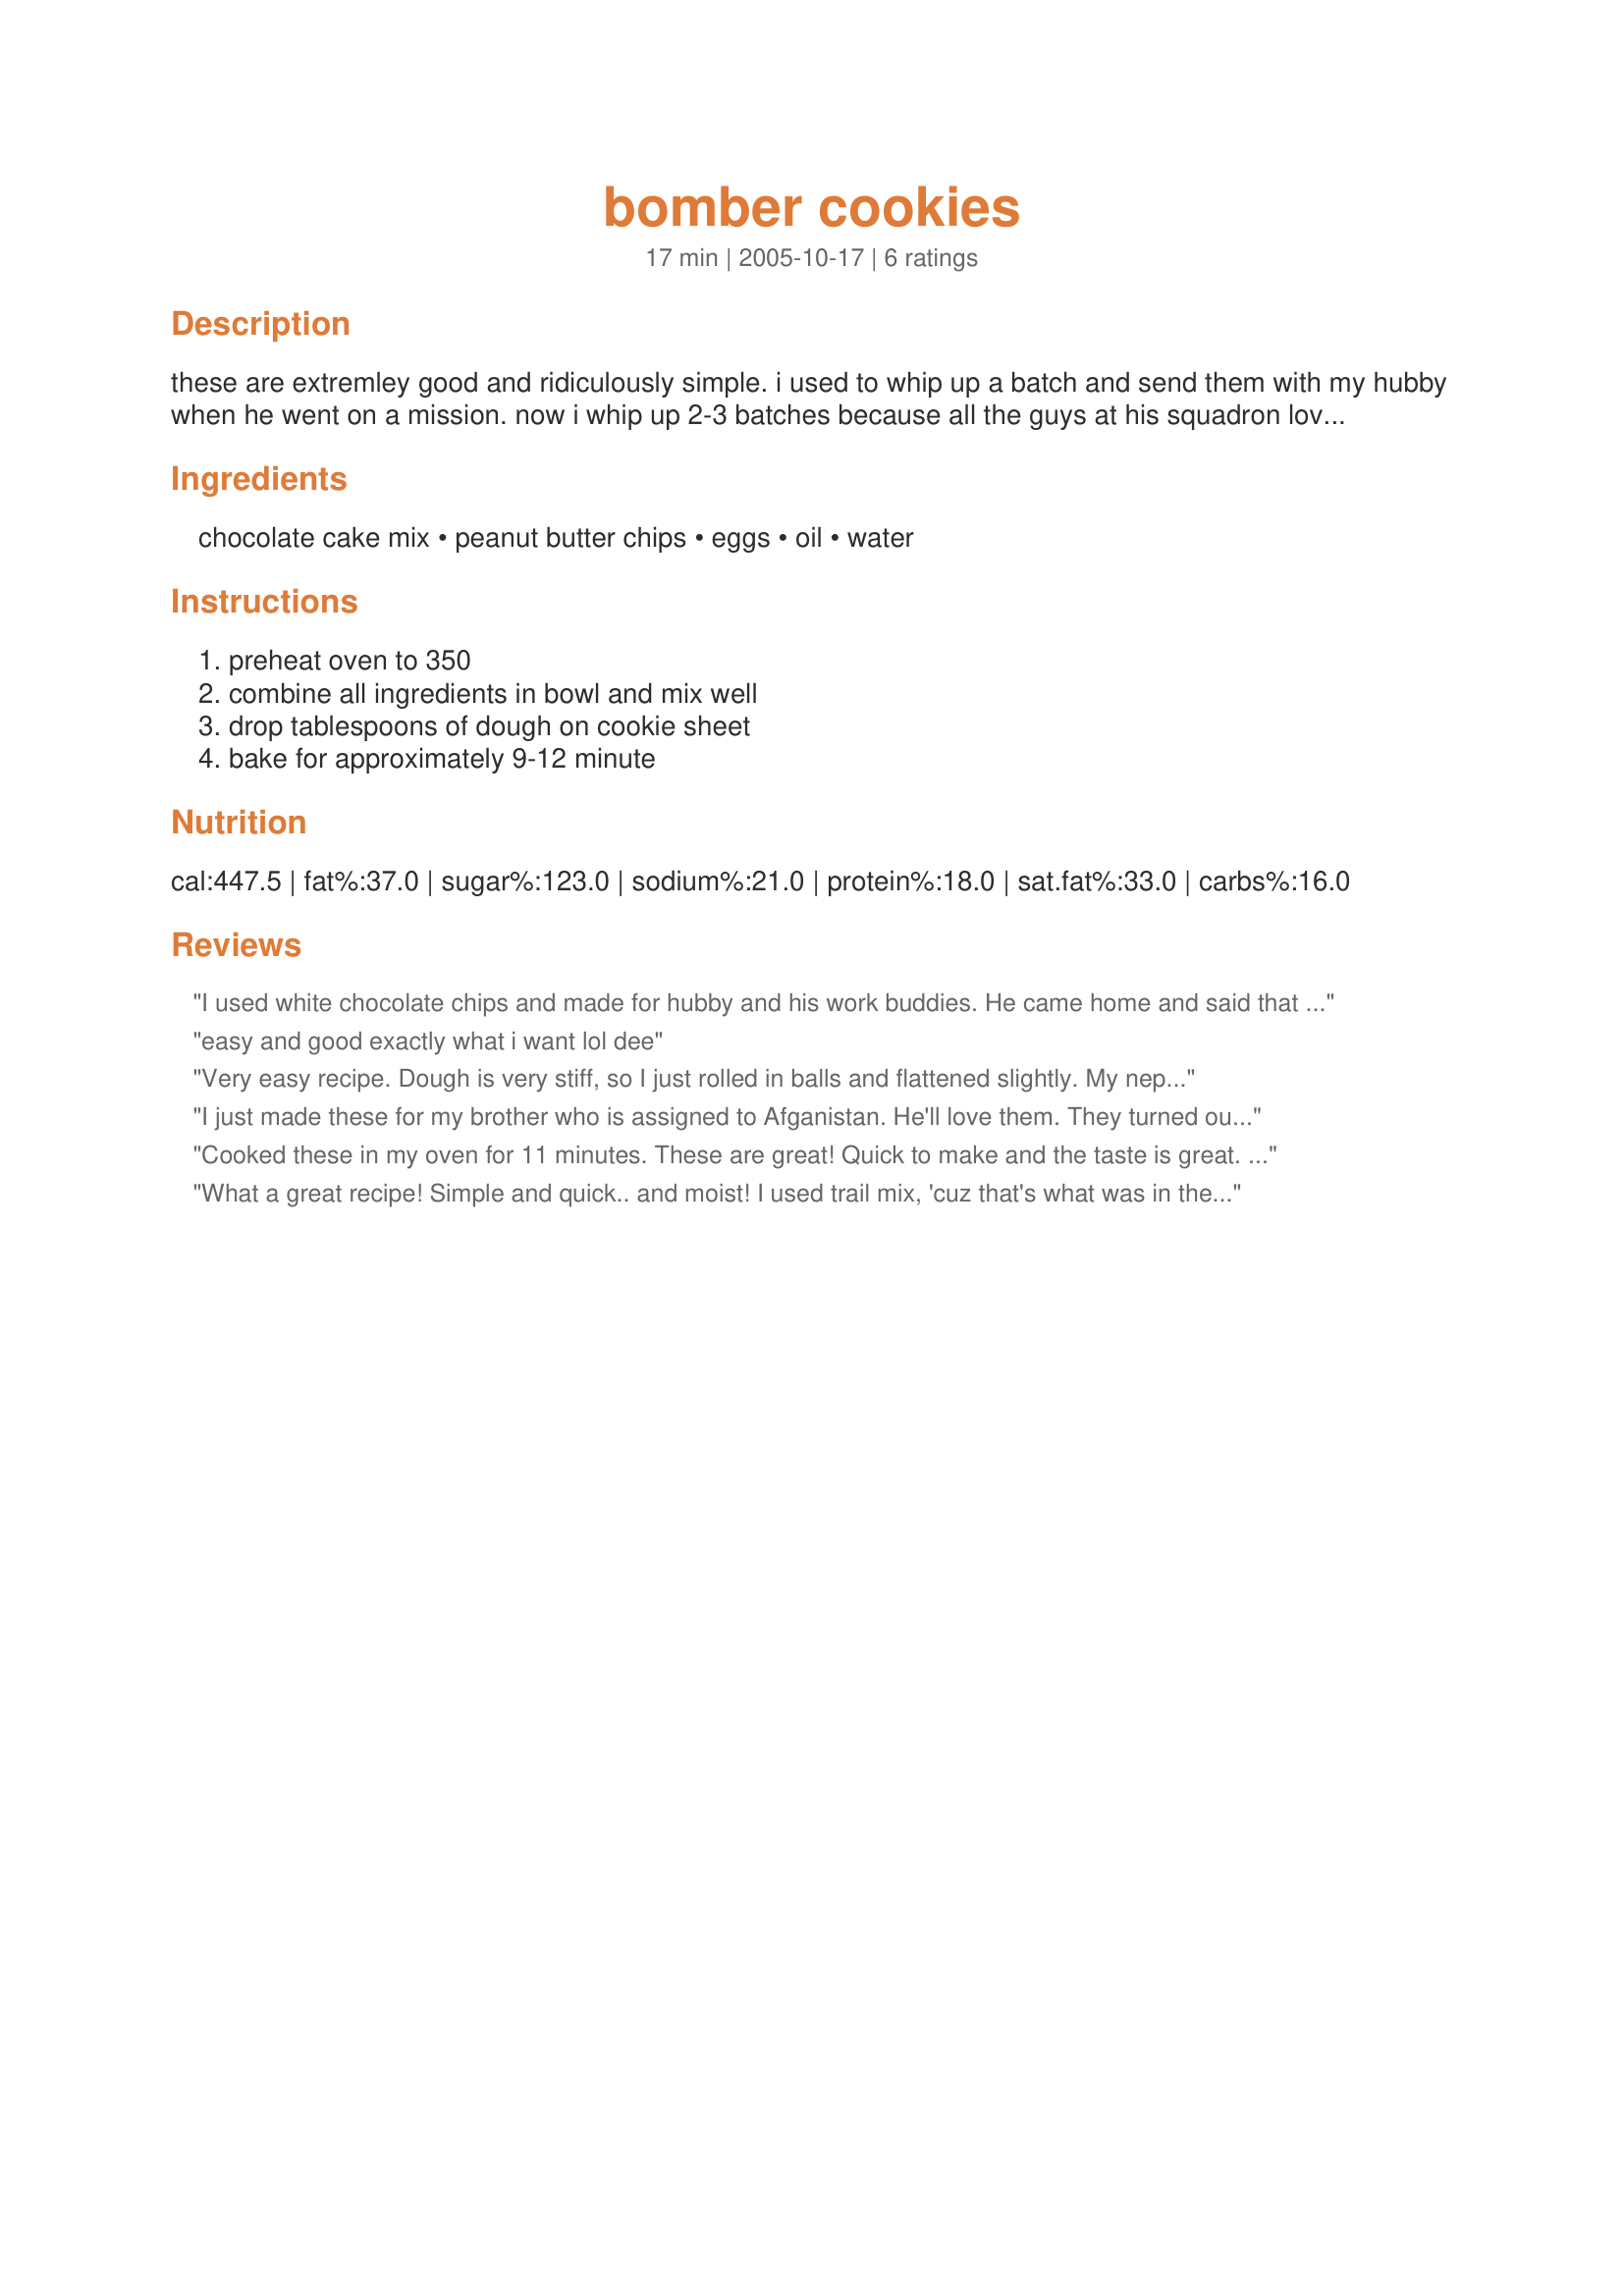
bomber cookies
Preparation time: 17 minutes

these are extremley good and ridiculously simple. i used to whip up a batch and send them with my hubby when he went on a mission. now i whip up 2-3 batches because all the guys at his squadron love them. i never time cookies (i just keep my eye on them) so the cook time is approx. i hope you and your family enjoy and god bless

Ingredients:
chocolate cake mix, peanut butter chips, eggs, oil, water

Steps:
preheat oven to 350, combine all ingredients in bowl and mix well, drop tablespoons of dough on cookie sheet, bake for approximately 9-12 minute

Reviews:
I used white chocolate chips and made for hubby and his work buddies. He came home and said that he almost didn't get one before they were devoured! Quick and enjoyed by many!
easy and good exactly what i want lol dee
Very easy recipe. Dough is very stiff, so I just rolled in balls and flattened slightly. My nephew thought these cookies were "da bomb". Thanks for a great recipe.
I just made these for my brother who is assigned to Afganistan. He'll love them. They turned out AWESOME. Very easy. I added 1 tsp more of water cause the mix seemed dry. I cooked for 9 minutes and they came out perfect. THANKS!
Cooked these in my oven for 11 minutes. These are great! Quick to make and the taste is great. I used chocolate/peanut butter swirled chips. Thanks for a quick and easy recipe.
What a great recipe! Simple and quick.. and moist! I used trail mix, 'cuz that's what was in the house... peanuts, raisins, butterscotch chips, m&m's and even a few bits of dried pineapple. Even that mix baked perfectly in these cookies...
Can't wait to try them again, and try another addition.
These mixed, baked, and were ready to eat in a total of 30 minutes start to finish! THANKS
